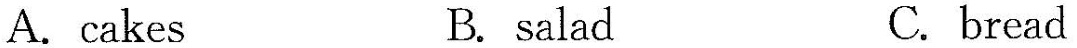
A. cakes B. salad C. bread